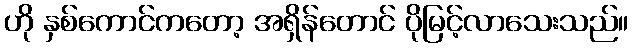
ဟို နှစ်ကောင်ကတော့ အရှိန်တောင် ပိုမြင့်လာသေးသည်။